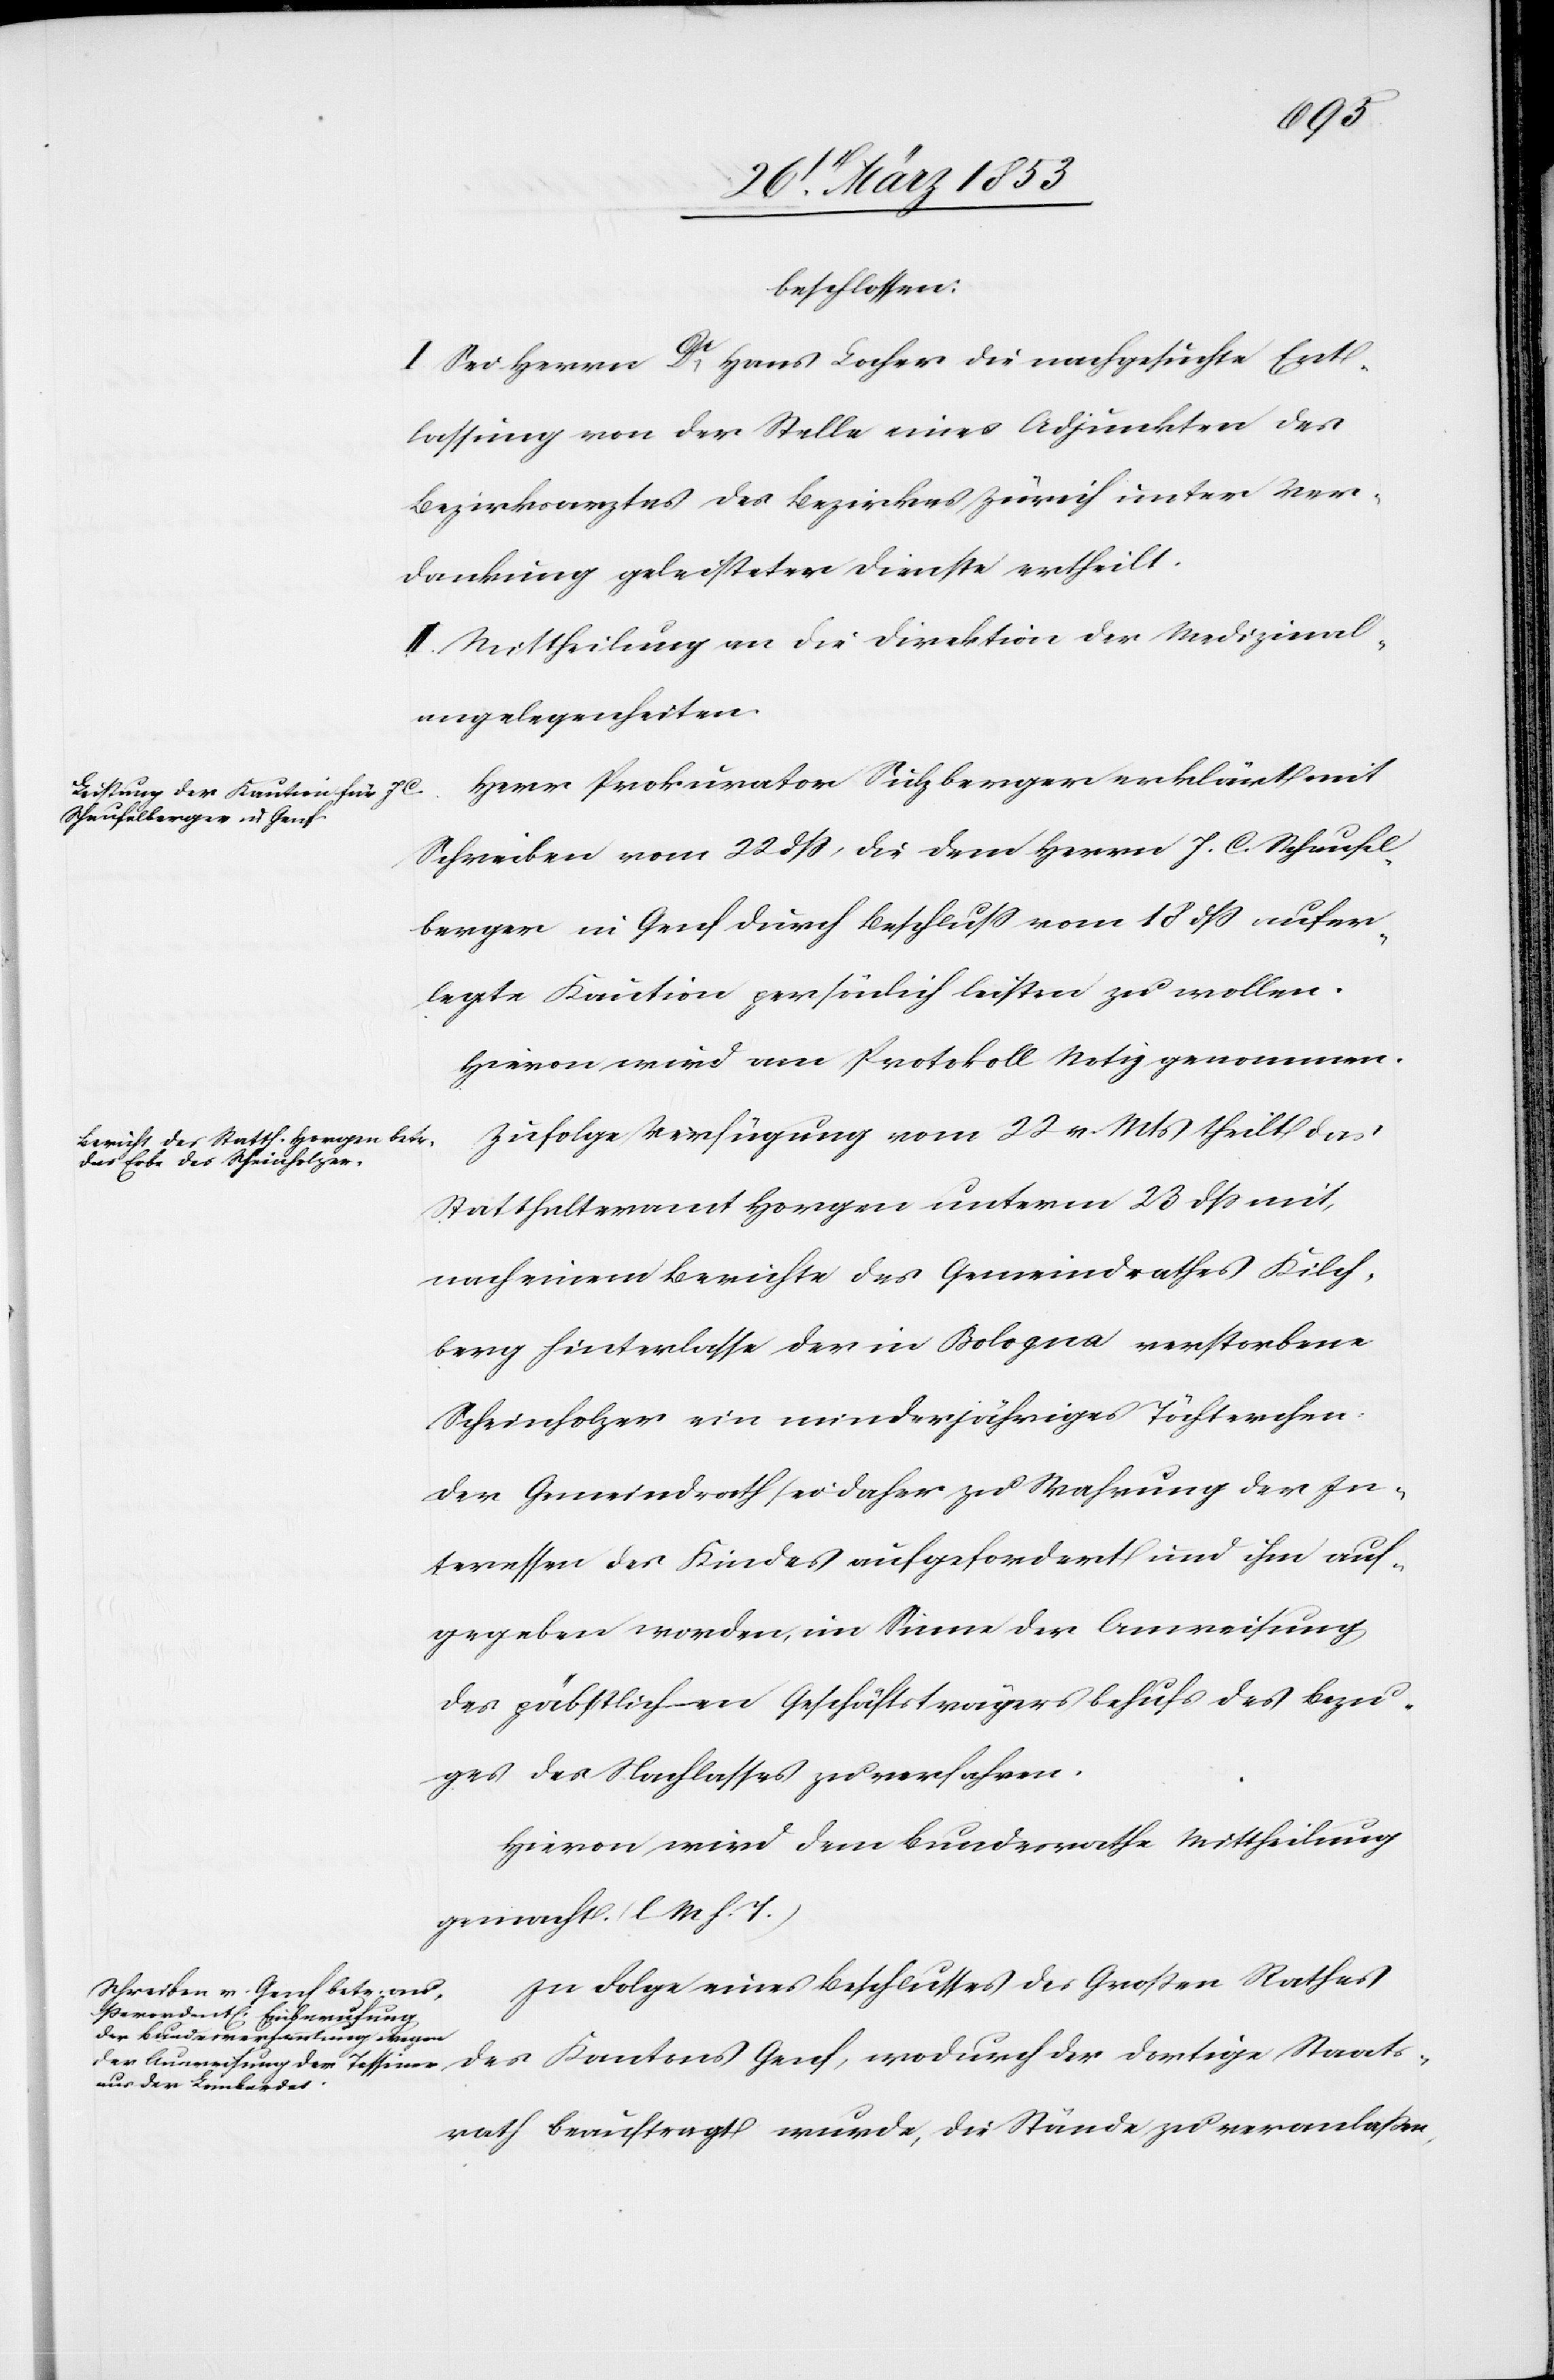
beschlossen:
I. Sei Herrn Dr. Hans Locher die nachträgliche Ent¬
lassung von der Stelle eines Adjunkten des
Bezirksarztes des Bezirkes Zürich unter Ver¬
dankung geleisteter Dienste ertheilt.
II. Mittheilung an die Direktion der Medizinal¬
angelegenheiten.
Herr Prokurator Sulzberger erklärt mit
Schreiben vom 22 dß, die dem Herrn J. C. Schaufel¬
berger in Genf durch Beschluß vom 18 dß aufer¬
legte Kaution persönlich leisten zu wollen.
Hievon wird am Protokoll Notiz genommen.
Zufolge Verfügung vom 22 v. Mts. theilt das
Statthalteramt Horgen unterm 23 dß mit,
nach einem Berichte des Gemeindrathes Kilch¬
berg hinterlasse der in Bologna verstorbene
Scheinholzer ein minderjähriges Töchterchen.
Der Gemeindrath sei daher zu Wahrung der In¬
teressen des Kindes aufgefordert und ihm auf¬
gegeben worden, im Sinne der Anweisung
des päbstlichen Geschäftsträgers behufs des Bezu¬
ges des Nachlasses zu verfahren.
Hievon wird dem Bundesrathe Mittheilung
gemacht. [l. M. h. T]
In Folge eines Beschlusses des Großen Rathes
dortige Staats¬
rath beauftragt wurde, die Stände zu veranlaßen,